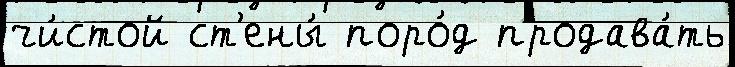
чи́стой ст'ены́ поро́д продава́ть